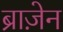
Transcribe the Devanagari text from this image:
ब्राज़ेन